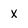
Character: X